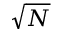
\sqrt { N }